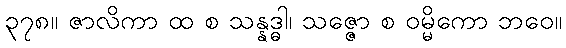
၃၇၈။ ဇာလိကာ ထ စ သန္နဒ္ဓါ၊ သဇ္ဇော စ ဝမ္မိကော ဘဝေ။